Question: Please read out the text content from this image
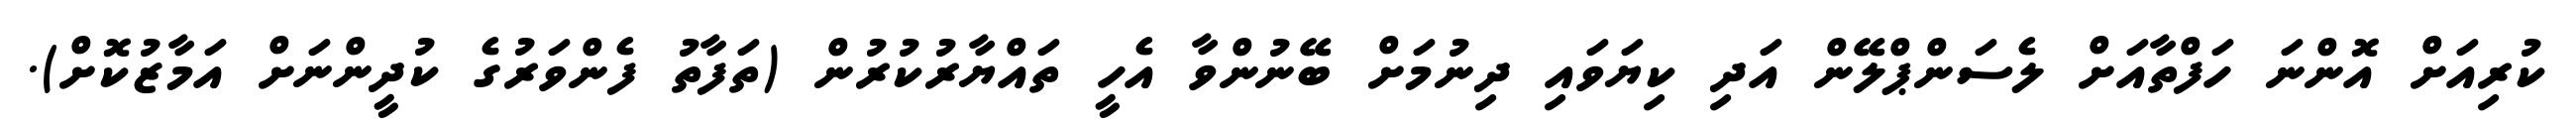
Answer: ކުރިއަށް އޮންނަ ހަފްތާއަށް ލެސަންޕްލޭން އަދި ކިޔަވައި ދިނުމަށް ބޭނުންވާ އެހީ ތައްޔާރުކުރުން (ތަފާތު ފެންވަރުގެ ކުދީންނަށް އަމާޒުކޮށް).